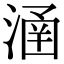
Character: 𣹢